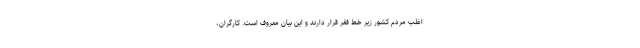
اغلب مردم کشور زیر خط فقر قرار دارند و این بیان معروف است. کارگران،